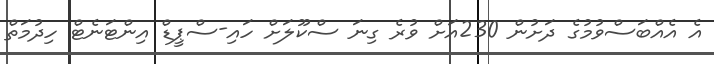
އެ އެއްބަސްވުމުގެ ދަށުން 230އަށް ވުރެ ގިނަ ސްކޫލަށް ހައި-ސްޕީޑް އިންޓަނެޓް ހިދުމަތް